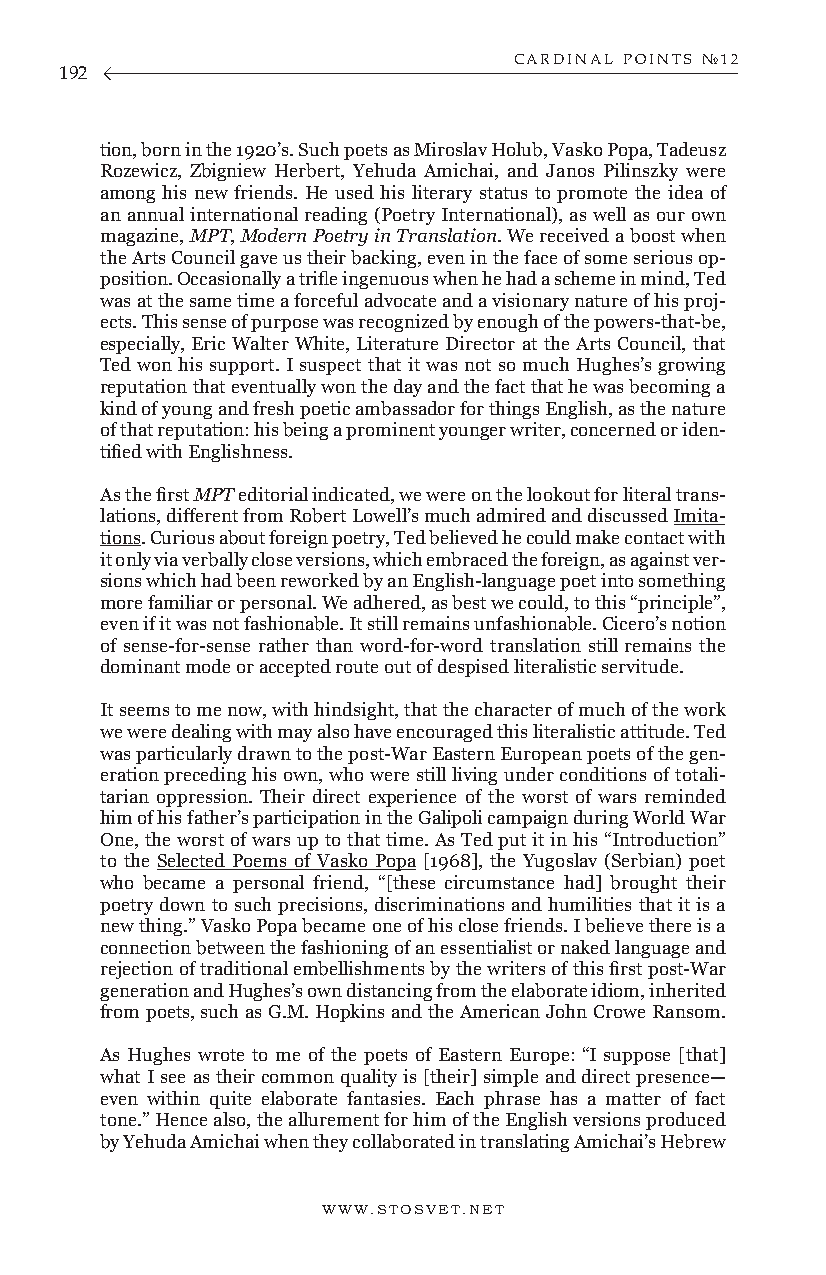
CARDINAL POINTS №12
 192
 tion, born in the 1920’s. Such poets as Miroslav Holub, Vasko Popa, Tadeusz
 Rozewicz, Zbigniew Herbert, Yehuda Amichai, and Janos Pilinszky were
 among his new friends. He used his literary status to promote the idea of
 an annual international reading (Poetry International), as well as our own
 magazine, MPT, Modern Poetry in Translation. We received a boost when
 the Arts Council gave us their backing, even in the face of some serious op-
 position. Occasionally a trifle ingenuous when he had a scheme in mind, Ted
 was at the same time a forceful advocate and a visionary nature of his proj-
 ects. This sense of purpose was recognized by enough of the powers-that-be,
 especially, Eric Walter White, Literature Director at the Arts Council, that
 Ted won his support. I suspect that it was not so much Hughes’s growing
 reputation that eventually won the day and the fact that he was becoming a
 kind of young and fresh poetic ambassador for things English, as the nature
 of that reputation: his being a prominent younger writer, concerned or iden-
 tified with Englishness.
 As the first MPT editorial indicated, we were on the lookout for literal trans-
 lations, different from Robert Lowell’s much admired and discussed Imita-
 tions. Curious about foreign poetry, Ted believed he could make contact with
 it only via verbally close versions, which embraced the foreign, as against ver-
 sions which had been reworked by an English-language poet into something
 more familiar or personal. We adhered, as best we could, to this “principle”,
 even if it was not fashionable. It still remains unfashionable. Cicero’s notion
 of sense-for-sense rather than word-for-word translation still remains the
 dominant mode or accepted route out of despised literalistic servitude.
 It seems to me now, with hindsight, that the character of much of the work
 we were dealing with may also have encouraged this literalistic attitude. Ted
 was particularly drawn to the post-War Eastern European poets of the gen-
 eration preceding his own, who were still living under conditions of totali-
 tarian oppression. Their direct experience of the worst of wars reminded
 him of his father’s participation in the Galipoli campaign during World War
 One, the worst of wars up to that time. As Ted put it in his “Introduction”
 to the Selected Poems of Vasko Popa [1968], the Yugoslav (Serbian) poet
 who became a personal friend, “[these circumstance had] brought their
 poetry down to such precisions, discriminations and humilities that it is a
 new thing.” Vasko Popa became one of his close friends. I believe there is a
 connection between the fashioning of an essentialist or naked language and
 rejection of traditional embellishments by the writers of this first post-War
 generation and Hughes’s own distancing from the elaborate idiom, inherited
 from poets, such as G.M. Hopkins and the American John Crowe Ransom.
 As Hughes wrote to me of the poets of Eastern Europe: “I suppose [that]
 what I see as their common quality is [their] simple and direct presence—
 even within quite elaborate fantasies. Each phrase has a matter of fact
 tone.” Hence also, the allurement for him of the English versions produced
 by Yehuda Amichai when they collaborated in translating Amichai’s Hebrew
 WWW.STOSVET.NET                                        WWW.STOSVET.NET